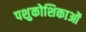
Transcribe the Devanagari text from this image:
पशुकोशिकाओं